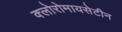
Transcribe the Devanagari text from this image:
क्लोरोमायसेटीन